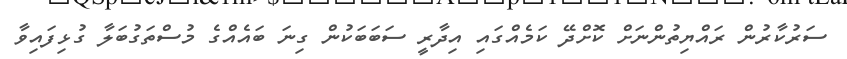
ސަރުކާރުން ރައްޔިތުންނަށް ކޮށްދޭ ކަމެއްގައި އިދާރީ ސަބަބަކުން ގިނަ ބައެއްގެ މުސްތަގުބަލާ ގުޅިފައިވާ